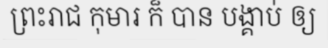
ព្រះរាជ កុមារ ក៏ បាន បង្គាប់ ឲ្យ